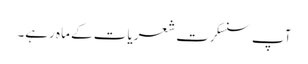
آپ سنسکرت شعریات کے ماہ رہے۔